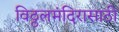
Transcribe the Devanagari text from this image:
विठ्ठलमंदिरासाठी